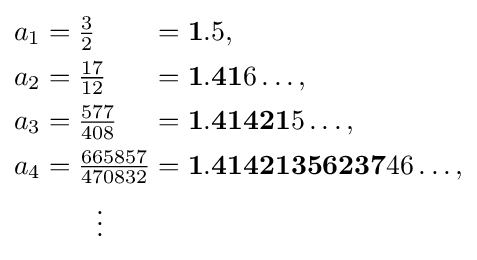
{\begin{alignedat}{3}a_{1}&={\tfrac {3}{2}}&&=\mathbf {1} .5,\\a_{2}&={\tfrac {17}{12}}&&=\mathbf {1.41} 6\ldots ,\\a_{3}&={\tfrac {577}{408}}&&=\mathbf {1.41421} 5\ldots ,\\a_{4}&={\tfrac {665857}{470832}}&&=\mathbf {1.41421356237} 46\ldots ,\\&\qquad \vdots \end{alignedat}}